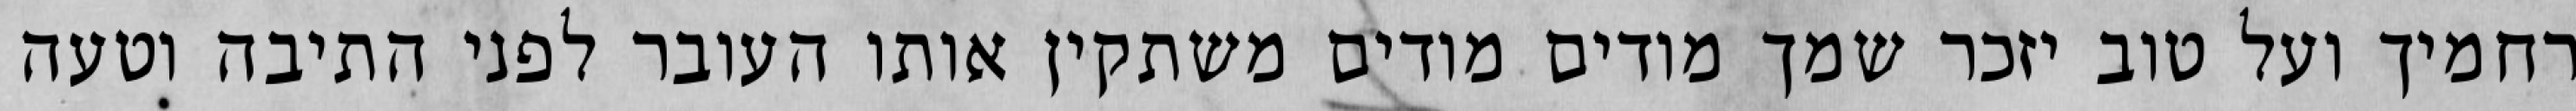
רחמיך ועל טוב יזכר שמך מודים מודים משתקין אותו העובר לפני התיבה וטעה